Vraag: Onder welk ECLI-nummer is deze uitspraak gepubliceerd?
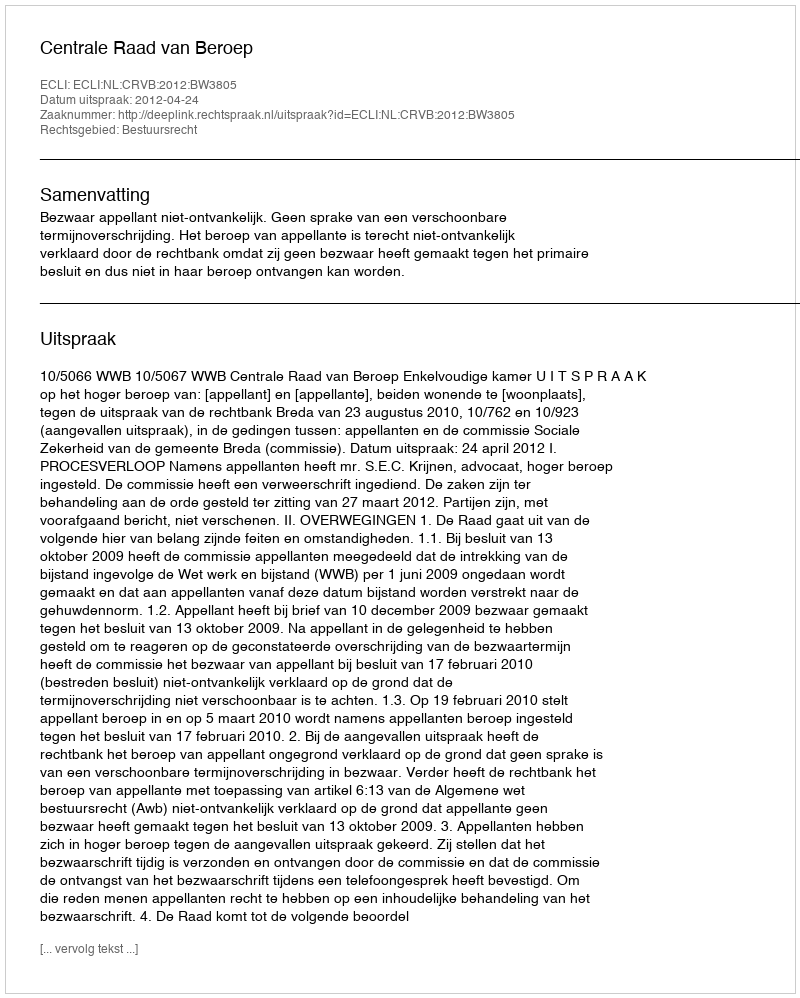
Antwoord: ECLI:NL:CRVB:2012:BW3805